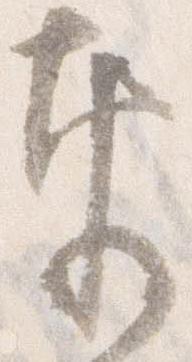
奉